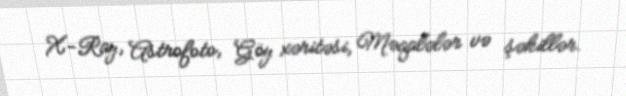
X-Ray, Astrofoto, Göy xəritəsi, Məqalələr və şəkillər.